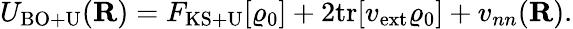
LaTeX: {\displaystyle U_{\mathrm{BO+U}}({\mathbf R})=F_{\mathrm{KS+U}}[\varrho_{\mathrm{0}}]+2\mathrm{tr}[v_{\mathrm{ext}}\varrho_{\mathrm{0}}]+v_{nn}({\mathbf R})}.